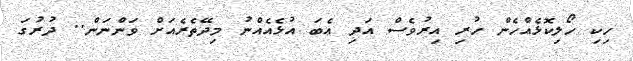
ހިކި ހޯލިކޮޅެއްހެން ހުރި އިރުވެސް އަދި އެބަ އުޅެއެއްނު މިދޭތެރެއަށް ވަންނަން.. ދުރުގަ